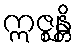
ဣဇ္ဈန္တိ